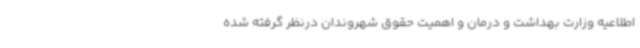
اطلاعیه وزارت بهداشت و درمان و اهمیت حقوق شهروندان درنظر گرفته شده